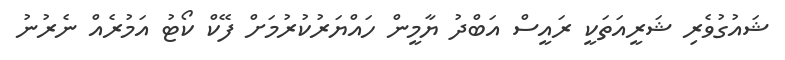
ޝައުގުވެރި ޝަރީއަތަކީ ރައީސް އަބްދު ޔާމީން ހައްޔަރުކުރުމަށް ފޭކް ކޯޓު އަމުރެއް ނެރުނު